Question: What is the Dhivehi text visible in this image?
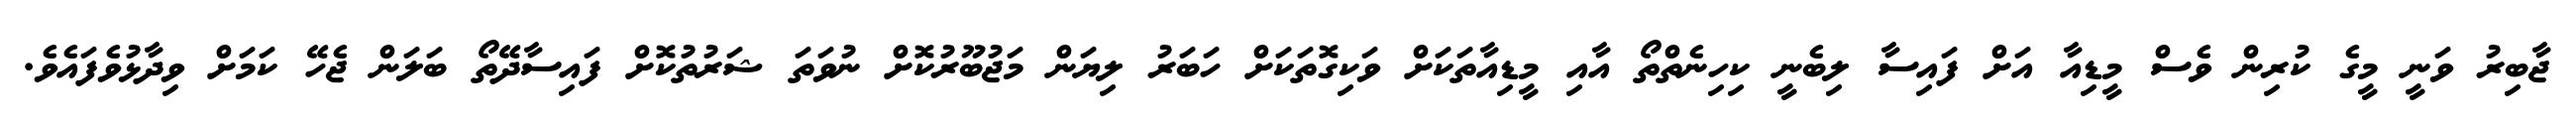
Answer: ޖާބިރު ވަނީ މީގެ ކުރިން ވެސް މީޑިއާ އަށް ފައިސާ ލިބެނީ ކިހިނެތްތޯ އާއި މީޑިއާތަކަށް ވަކިގޮތަކަށް ހަބަރު ލިޔަން މަޖުބޫރުކޮށް ނުވަތަ ޝަރުތުކޮށް ފައިސާދޭތޯ ބަލަން ޖެހޭ ކަމަށް ވިދާޅުވެފައެވެ.